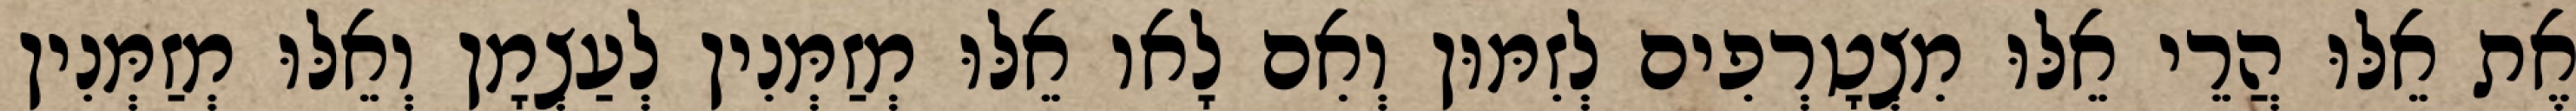
אֶת אֵלּוּ הֲרֵי אֵלּוּ מִצְטָרְפִים לְזִמּוּן וְאִם לָאו אֵלּוּ מְזַמְּנִין לְעַצְמָן וְאֵלּוּ מְזַמְּנִין